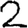
Digit: 2